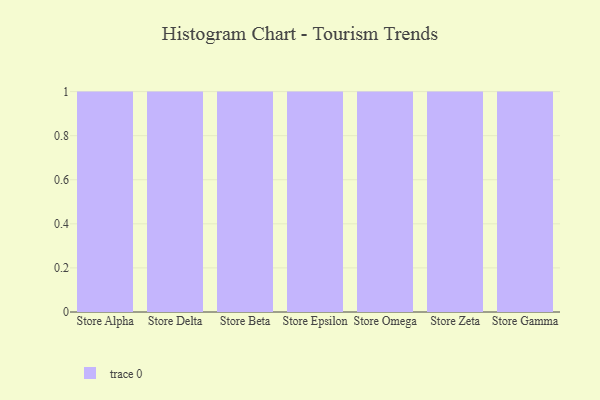
{"axis": {"x": "Store", "y": "Demand Index"}, "legend": [""], "data": [{"x": "Store Alpha", "y": 53, "type": ""}, {"x": "Store Delta", "y": 3, "type": ""}, {"x": "Store Beta", "y": 25, "type": ""}, {"x": "Store Epsilon", "y": 42, "type": ""}, {"x": "Store Omega", "y": 90, "type": ""}, {"x": "Store Zeta", "y": 79, "type": ""}, {"x": "Store Gamma", "y": 4, "type": ""}]}